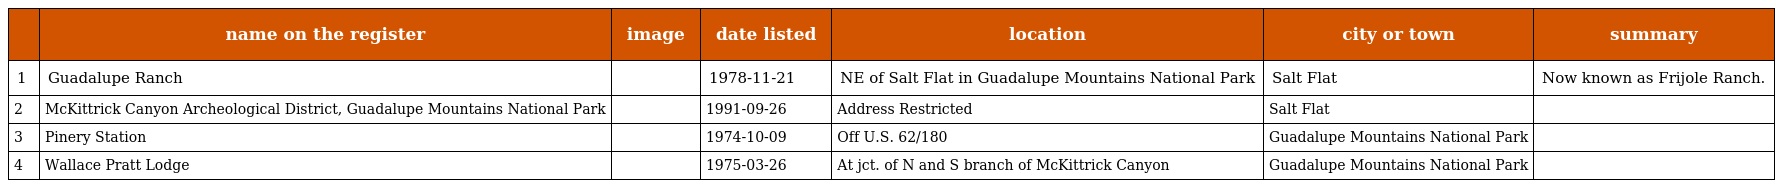
|  | name on the register | image | date listed | location | city or town | summary |
 | --- | --- | --- | --- | --- | --- | --- |
 | 1 | Guadalupe Ranch |  | 1978-11-21 | NE of Salt Flat in Guadalupe Mountains National Park | Salt Flat | Now known as Frijole Ranch. |
 | 2 | McKittrick Canyon Archeological District, Guadalupe Mountains National Park |  | 1991-09-26 | Address Restricted | Salt Flat |  |
 | 3 | Pinery Station |  | 1974-10-09 | Off U.S. 62/180 | Guadalupe Mountains National Park |  |
 | 4 | Wallace Pratt Lodge |  | 1975-03-26 | At jct. of N and S branch of McKittrick Canyon | Guadalupe Mountains National Park |  |